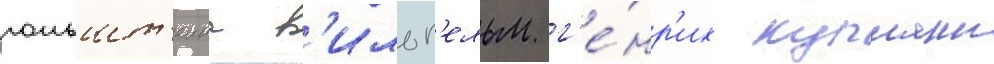
гольшт'еина в'ильг'ельм г'е́нр'их купманн